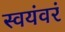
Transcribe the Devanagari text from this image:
स्वयंवरं